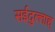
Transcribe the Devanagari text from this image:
सईदुल्लाह्